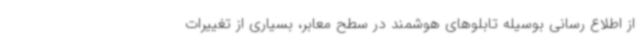
از اطلاع رسانی بوسیله تابلوهای هوشمند در سطح معابر، بسیاری از تغییرات